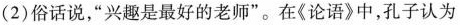
(2)俗话说，”兴趣是最好的老师”。在《论语》中，孔子认为